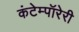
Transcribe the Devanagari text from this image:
कंटेम्पॉरेरी